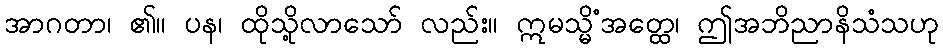
အာဂတာ၊ ၏။ ပန၊ ထိုသို့လာသော် လည်း။ ဣမသ္မိံအတ္ထေ၊ ဤအဘိညာနိသံသဟု